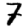
Digit: 7